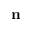
\mathbf { n }